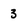
Character: 3